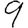
Digit: 9